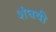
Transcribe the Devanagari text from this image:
शंघवी